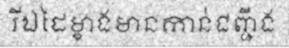
រីឯដៃម្ខាងមានកាន់ជញ្ជីង